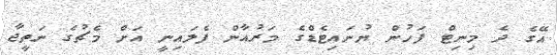
އޭގެ ދެ މިނިޓް ފަހުން ޔުނައިޓެޑްގެ މަރުއާން ފެލައިނީ އަށް މެޗުގެ ނަތީޖާ